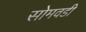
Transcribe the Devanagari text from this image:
सोमवडी